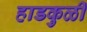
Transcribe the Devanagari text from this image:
हाडकुळी